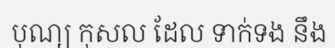
បុណ្យ កុសល ដែល ទាក់ទង នឹង